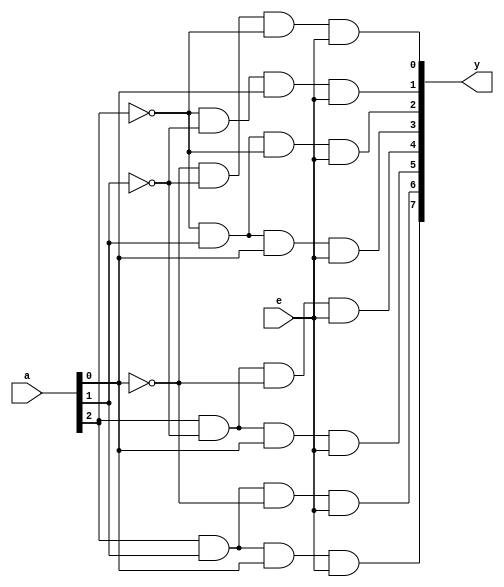
`timescale 1ns / 1ps
//////////////////////////////////////////////////////////////////////////////////
// Company: 
// Engineer: 
// 
// Design Name: 
// Module Name: decoder3to8
// Project Name: 
// Target Devices: 
// Tool Versions: 
// Description: 
// 
// Dependencies: 
// 
// Revision:
// Revision 0.01 - File Created
// Additional Comments:
// 
//////////////////////////////////////////////////////////////////////////////////


module decoder3to8(
    input [2:0] a,
    input e,
    output [7:0] y
    );
    wire w1,w2,w3;
    not a1(w1,a[0]);
    not a2(w2,a[1]);
    not a3(w3,a[2]);
   
    and a4(y[0],w1,w2,w3,e);
     and a5(y[1],w3,w2,a[0],e);
     and a6(y[2],w3,a[1],w3,e);
     and a7(y[3],w3,a[1],a[0],e);
     and a8(y[4],a[2],w2,w1,e);
     and a9(y[5],a[2],w2,a[0],e);
     and a10(y[6],a[2],a[1],w1,e);
     and a11(y[7],a[2],a[1],a[0],e);
     
     

     
endmodule